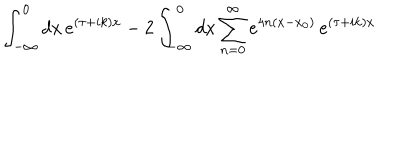
LaTeX: \int _ { - \infty } ^ { 0 } d x \, e ^ { ( \tau + i k ) x } - 2 \int _ { - \infty } ^ { 0 } d x \sum _ { n = 0 } ^ { \infty } e ^ { 4 n ( x - x _ { 0 } ) } \, e ^ { ( \tau + i k ) x }